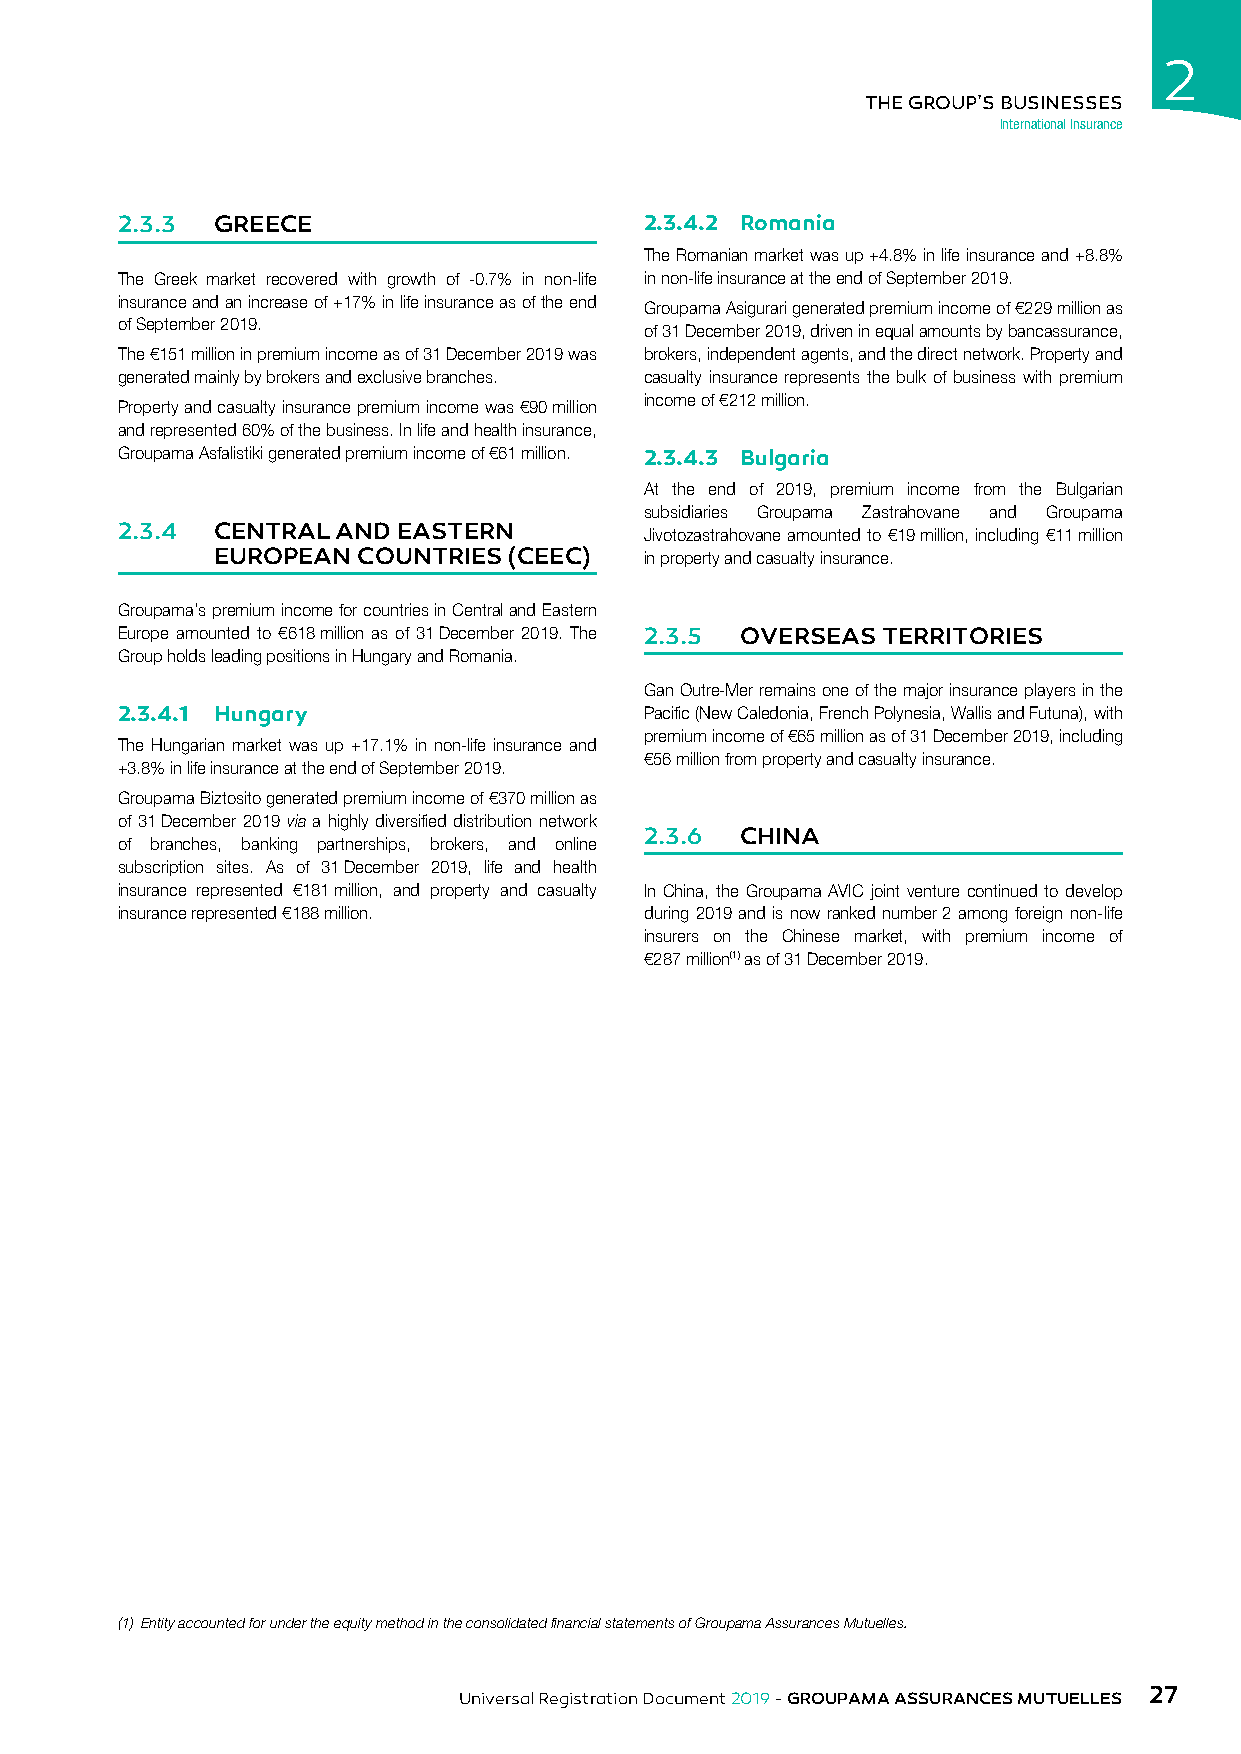
2
 THE GROUP’S BUSINESSES
 International Insurance
 2.3.3 GREECE                       2.3.4.2 Romania
 The Romanian market was up +4.8% in life insurance and +8.8%
 The Greek market recovered with growth of -0.7% in non-life in non-life insurance at the end of September 2019.
 insurance and an increase of +17% in life insurance as of the end
 Groupama Asigurari generated premium income of €229 million as
 of September 2019.
 of 31 December 2019, driven in equal amounts by bancassurance,
 The €151 million in premium income as of 31 December 2019 was brokers, independent agents, and the direct network. Property and
 generated mainly by brokers and exclusive branches. casualty insurance represents the bulk of business with premium
 income of €212 million.
 Property and casualty insurance premium income was €90 million
 and represented 60% of the business. In life and health insurance,
 Groupama Asfalistiki generated premium income of €61 million. 2.3.4.3 Bulgaria
 At the end of 2019, premium income from the Bulgarian
 subsidiaries Groupama Zastrahovane and Groupama
 2.3.4 CENTRAL AND EASTERN          Jivotozastrahovane amounted to €19 million, including €11 million
 EUROPEAN  COUNTRIES (CEEC)   in property and casualty insurance.
 Groupama’s premium income for countries in Central and Eastern
 Europe amounted to €618 million as of 31 December 2019. The 2.3.5 OVERSEAS TERRITORIES
 Group holds leading positions in Hungary and Romania.
 Gan Outre-Mer remains one of the major insurance players in the
 2.3.4.1 Hungary                    Pacific (New Caledonia, French Polynesia, Wallis and Futuna), with
 premium income of €65 million as of 31 December 2019, including
 The Hungarian market was up +17.1% in non-life insurance and
 €56 million from property and casualty insurance.
 +3.8% in life insurance at the end of September 2019.
 Groupama Biztosito generated premium income of €370 million as
 of 31 December 2019 via a highly diversified distribution network
 2.3.6 CHINA
 of branches, banking partnerships, brokers, and online
 subscription sites. As of 31 December 2019, life and health
 insurance represented €181 million, and property and casualty In China, the Groupama AVIC joint venture continued to develop
 insurance represented €188 million. during 2019 and is now ranked number 2 among foreign non-life
 insurers on the Chinese market, with premium income of
 €287 million(1) as of 31 December 2019.
 (1) Entity accounted for under the equity method in the consolidated financial statements of Groupama Assurances Mutuelles.
 27
 Universal Registration Document 2019 - GROUPAMA ASSURANCES MUTUELLES